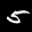
Label: 5